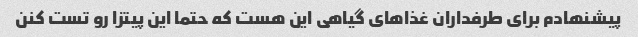
پیشنهادم برای طرفداران غذاهای گیاهی این هست که حتما این پیتزا رو تست کنن